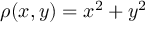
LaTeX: \rho ( x , y ) = x ^ { 2 } + y ^ { 2 }